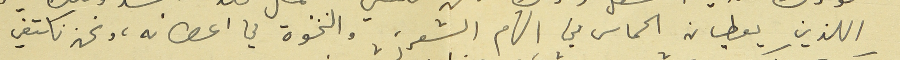
اللذين يعطيان الحماس في الهام الشعر، والنخوة في اعضائه، ونحن نكتفي